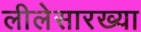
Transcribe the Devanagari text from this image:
लीलेसारख्या